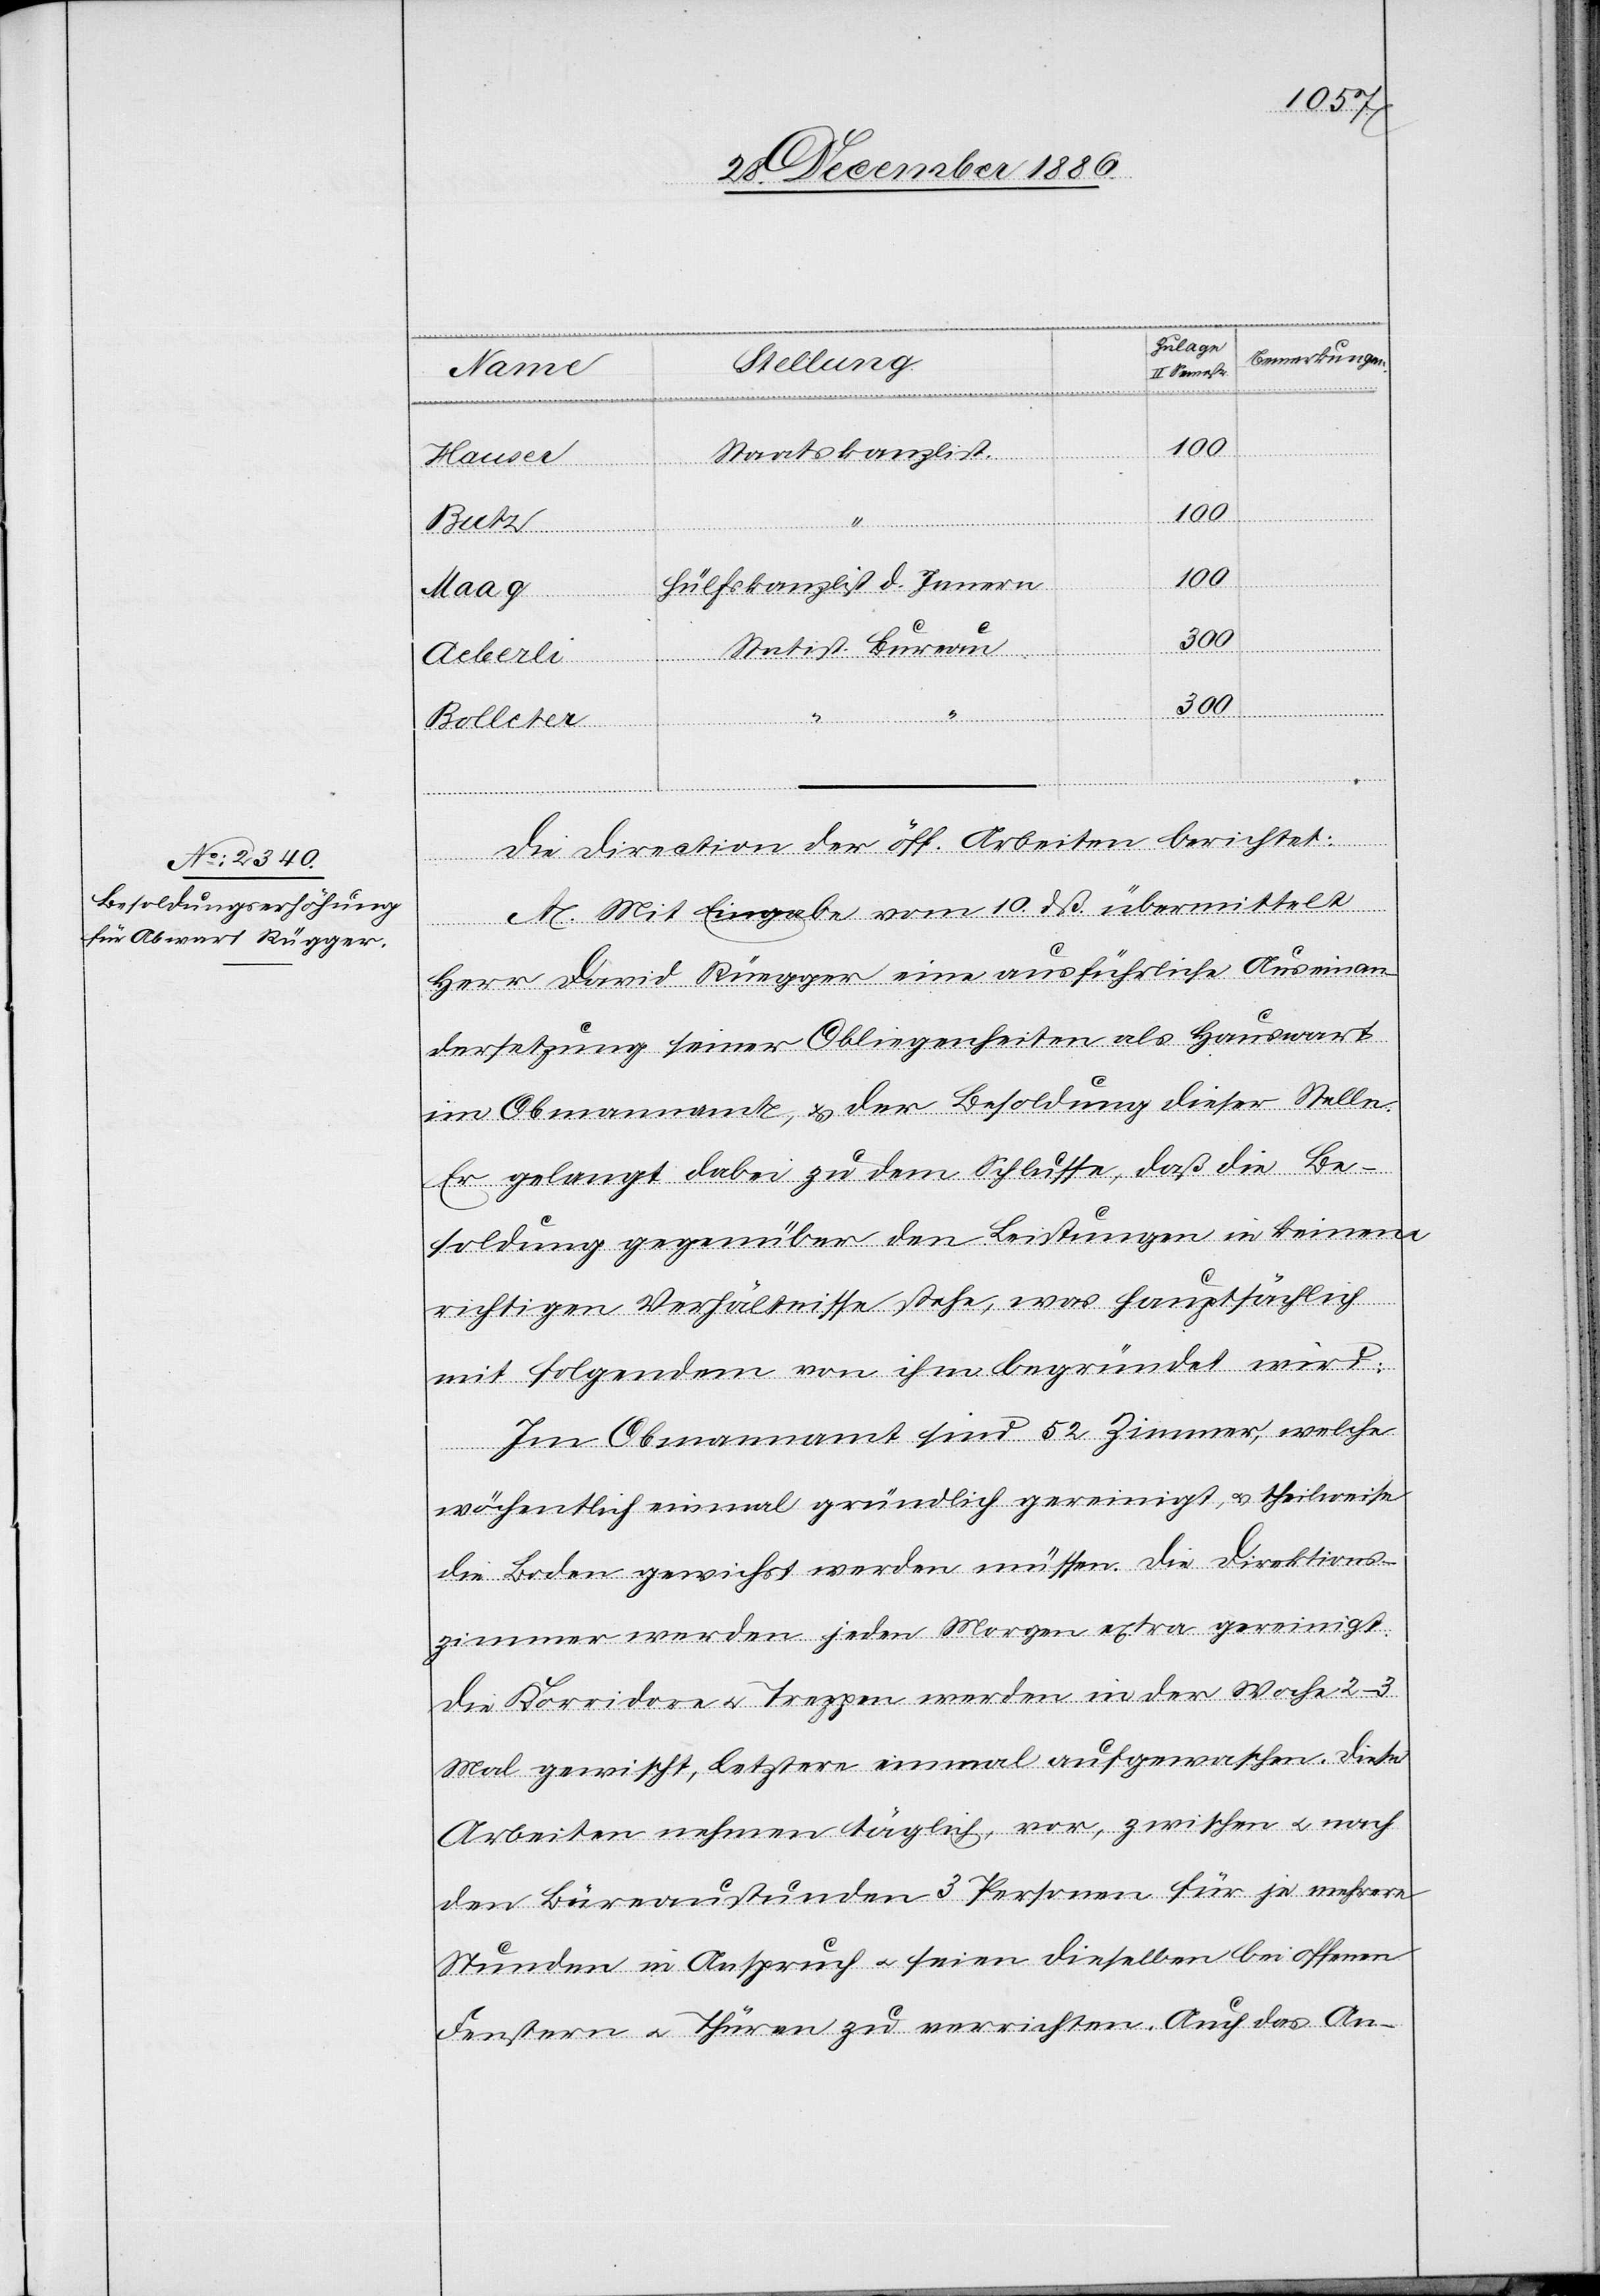
Staatskanzlist.
Hauser
100
Aeberli
100
Hülfskanzlist d. Innern
Statist. Bureau
300
Bolleter
“
Die Direction der öff. Arbeiten berichtet:
A. Mit Eingabe vom 10. dß. übermittelt
Herr David Rüegger eine ausführliche Auseinan¬
dersetzung seiner Obliegenheiten als Hauswart
im Obmannamt, & der Besoldung dieser Stelle.
Er gelangt dabei zu dem Schlusse, daß die Be¬
soldung gegenüber den Leistungen in keinem
richtigen Verhältnisse stehe, was hauptsächlich
mit folgendem von ihm begründet wird:
Im Obmannamt sind 52 Zimmer, welche
wöchentlich einmal gründlich gereinigt, & theilweise
die Boden gewichst werden müssen. Die Direktions¬
zimmer werden jeden Morgen extra gereinigt.
Die Korridore & Treppen werden in der Woche 2–3
Mal gewischt, letztere einmal aufgewaschen. Diese
Arbeiten nehmen täglich, vor, zwischen & nach
den Büreaustunden 3 Personen für je mehrere
Stunden in Anspruch & seien dieselben bei offenen
Fenstern & Thüren zu verrichten. Auch das An-